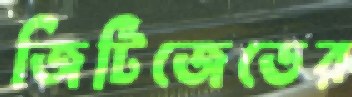
জিটিজেডের